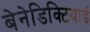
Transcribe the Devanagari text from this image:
बेनेडिक्टियाई